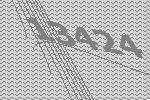
13424